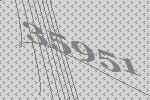
35951